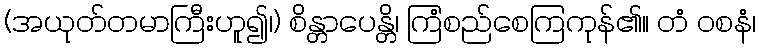
(အယုတ်တမာကြီးဟူ၍၊) စိန္တာပေန္တိ၊ ကြံစည်စေကြကုန်၏။ တံ ဝစနံ၊